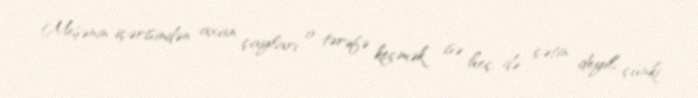
Meşənin içərisindən axan çayları o tərəfə keçmək isə heç də çətin deyil, çünki